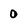
Character: 0